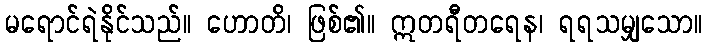
မရောင်ရဲနိုင်သည်။ ဟောတိ၊ ဖြစ်၏။ ဣတရီတရေန၊ ရရသမျှသော။